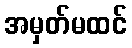
အမှတ်မထင်